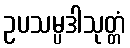
ဥပသမ္ပဒါသုတ္တံ